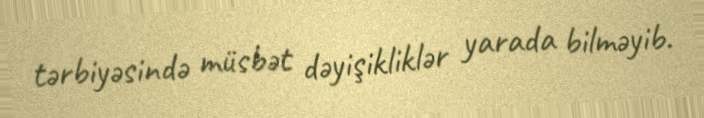
tərbiyəsində müsbət dəyişikliklər yarada bilməyib.